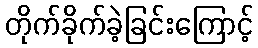
တိုက်ခိုက်ခဲ့ခြင်းကြောင့်